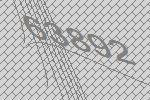
63892